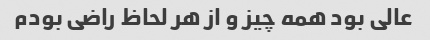
عالی بود همه چیز و از هر لحاظ راضی بودم